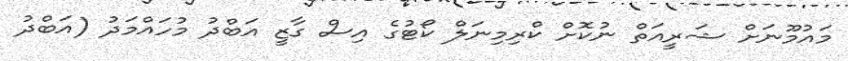
މައުމޫނަށް ޝަރީއަތް ނުކޮށް ކްރިމިނަލް ކޯޓުގެ އިސް ގާޒީ އަބްދު މުހައްމަދު (އަބްދު